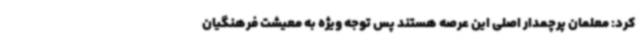
کرد: معلمان پرچمدار اصلی این عرصه هستند پس توجه ویژه به معیشت فرهنگیان